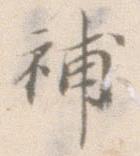
補